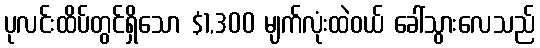
ပုလင်းထိပ်တွင်ရှိသော $1,300 မျက်လုံးထဲဝယ် ခေါ်သွားလေသည်